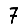
Digit: 7